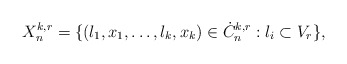
\begin{align*} X_n^{k,r}=\{(l_1,x_1,\dots,l_k,x_k)\in \dot{C}_n^{k,r}:l_i\subset V_r\},\end{align*}